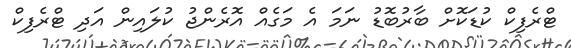
ޓްރެފިކް ކުޑަކޮށް ބާރުބޮޑު ނަމަ އެ މަގެއް އޮރެންޖު ކުލައިން އަދި ޓްރެފިކް